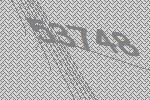
53748